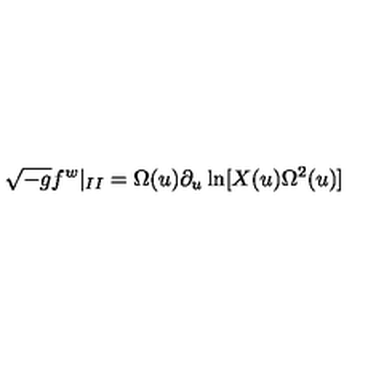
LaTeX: \sqrt { - g } f ^ { w } | _ { I I } = \Omega ( u ) \partial _ { u } \ln [ X ( u ) \Omega ^ { 2 } ( u ) ]